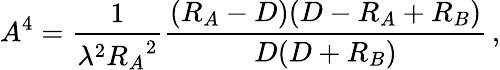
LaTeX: A^{4}={\frac{1}{\lambda^{2}{R_{A}}^{2}}}{\frac{(R_{A}-D)(D-R_{A}+R_{B})}{D(D+R_{B})}}\, ,